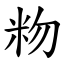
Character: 粅